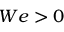
W e > 0